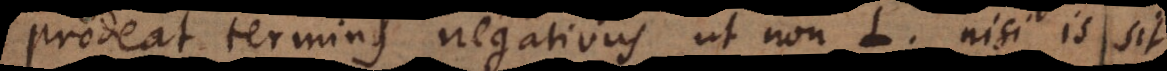
prodeat terminus negativus ut non L, nisi is sit